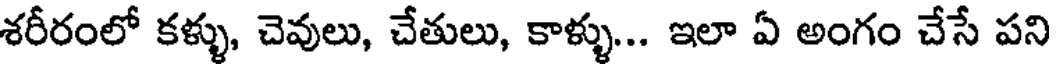
శరీరంలో కళ్ళు, చెవులు, చేతులు, కాళ్ళు... ఇలా ఏ అంగం చేసే పని